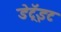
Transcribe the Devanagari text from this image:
डेट्रॅइट